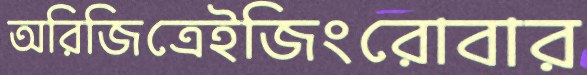
অরিজিত্রেইজিংরোবার